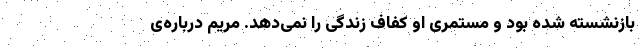
بازنشسته شده بود و مستمری او کفاف زندگی را نمی‌دهد. مریم درباره‌ی